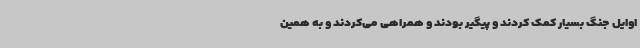
اوایل جنگ بسیار کمک کردند و پیگیر بودند و همراهی می‌کردند و به همین